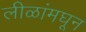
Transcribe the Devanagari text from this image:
लीळांमघून